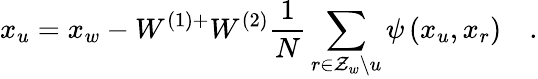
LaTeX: x_{u}=x_{w}-W^{(1)+}W^{(2)}\frac{1}{N}\sum_{r\in\mathcal{Z}_{w}\backslash u}\psi\left(x_{u},x_{r}\right)\quad.